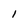
Character: l